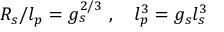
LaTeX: R _ { s } / l _ { p } = g _ { s } ^ { 2 / 3 } \ , \quad l _ { p } ^ { 3 } = g _ { s } l _ { s } ^ { 3 }